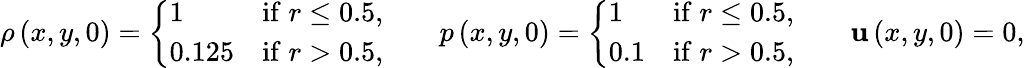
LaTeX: \rho\left(x,y,0\right)=\left\lbrace\begin{array}{lr}{1}&{\mathrm{if}\; r\le 0.5,}\\ {0.125}&{\mathrm{if}\; r>0.5,}\end{array}\right.\qquad p\left(x,y,0\right)=\left\lbrace\begin{array}{lr}{1}&{\mathrm{if}\; r\le 0.5,}\\ {0.1}&{\mathrm{if}\; r>0.5,}\end{array}\right.\qquad\mathbf{u}\left(x,y,0\right)=0,